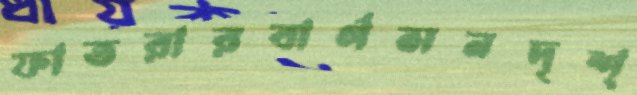
ফাতরারবার্গসনদৃশ্